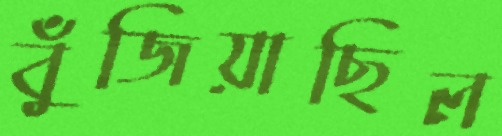
বুঁজিয়াছিল